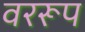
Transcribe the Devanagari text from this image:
वररूप